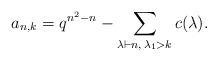
LaTeX: \begin{align*}a_{n,k}=q^{n^2-n}-\sum_{\lambda\vdash n,\, \lambda_1>k}c(\lambda).\end{align*}